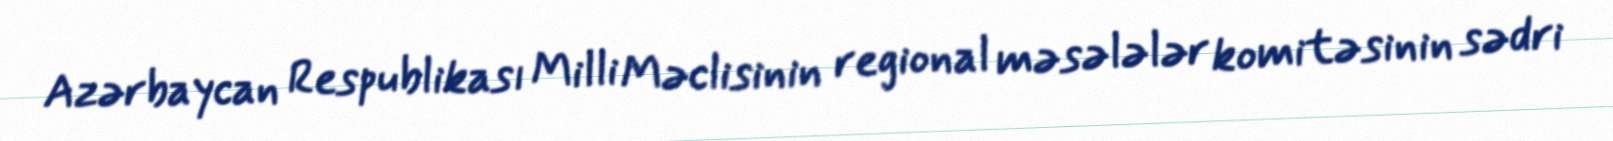
Azərbaycan Respublikası Milli Məclisinin regional məsələlər komitəsinin sədri